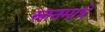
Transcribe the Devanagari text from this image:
स्नानमात्रे